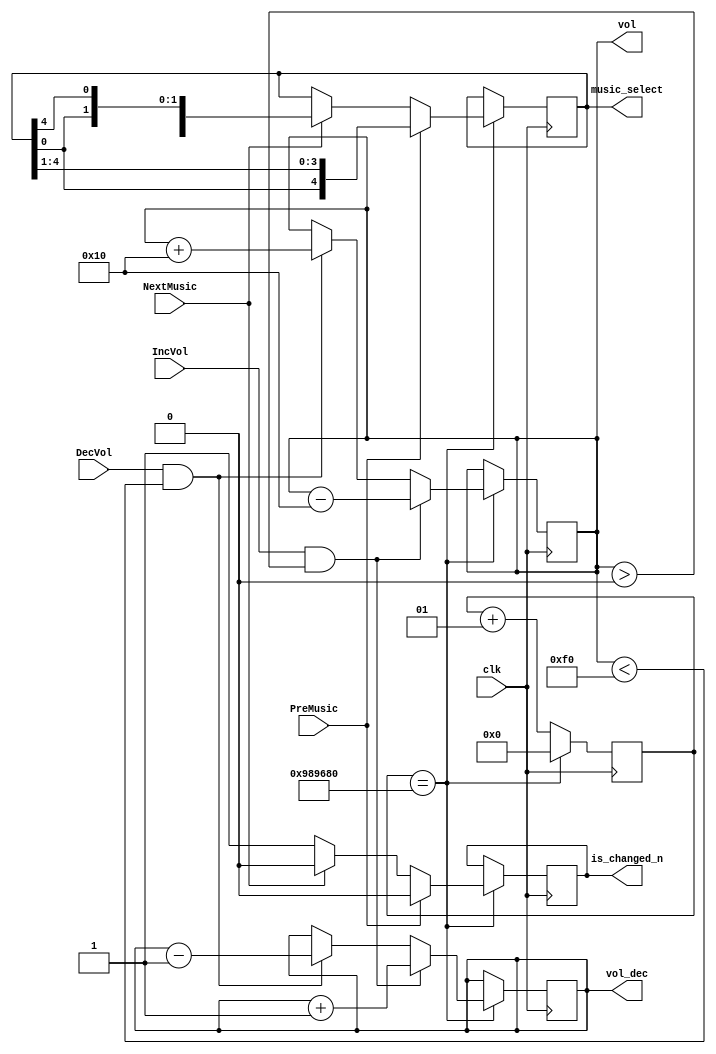
`timescale 1ns / 1ps

module VolControl(
    input clk,
    input IncVol,
    input DecVol,
    input PreMusic,
    input NextMusic,
    output [7:0]vol,
    output [7:0]vol_dec,
    output [4:0]music_select,
    output reg is_changed_n
    );

    //
    reg [7:0]pre_vol=8'h60;
    reg [7:0]pre_vol_dec=8'd10;
    reg [4:0]cur_music=5'b10000;
    
    //
    parameter delay_time = 10000000;
    integer  cnt_delay=0;

    always @(negedge clk) begin
        if(cnt_delay==delay_time)begin
            cnt_delay<=0;
            if(IncVol&&pre_vol>0)begin
                pre_vol<=pre_vol-8'h10;
                pre_vol_dec<=pre_vol_dec+8'd1;
            end
            else if(DecVol&&pre_vol<8'hf0)begin
                pre_vol<=pre_vol+8'h10;
                pre_vol_dec<=pre_vol_dec-8'd1;
            end

            //
            if(PreMusic)begin
                is_changed_n<=1'b0;
                cur_music<={cur_music[0],cur_music[4:1]};
            end
            else if(NextMusic)begin
                is_changed_n<=1'b0;
                cur_music<={cur_music[3:0],cur_music[4]};
            end
            else
                is_changed_n<=1'b1;
        end
        else 
            cnt_delay<=cnt_delay+1;
    end

    assign vol=pre_vol; 
    assign music_select=cur_music;
    assign vol_dec=pre_vol_dec;

endmodule